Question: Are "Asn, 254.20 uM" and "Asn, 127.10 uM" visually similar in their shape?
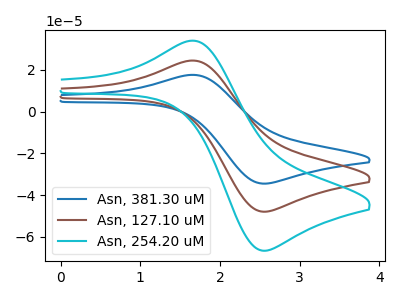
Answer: <think>The blue curve "Asn, 381.30 uM" has an anodic peak at (1.70V, 48.75uA) and a cathodic peak at (2.55V, -95.90uA). The brown curve "Asn, 127.10 uM" has an anodic peak at (1.70V, 24.35uA) and a cathodic peak at (2.55V, -47.95uA). The cyan curve "Asn, 254.20 uM" has an anodic peak at (1.70V, 33.85uA) and a cathodic peak at (2.55V, -66.65uA).
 All the peaks in "Asn, 254.20 uM" have a peak in "Asn, 127.10 uM" at the same potential. Every peak in "Asn, 254.20 uM" is higher than every peak in "Asn, 127.10 uM".</think>
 <answer>"Asn, 254.20 uM" and "Asn, 127.10 uM" are similar in shape.</answer>
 <eval>same_shape</eval>